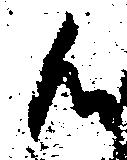
候